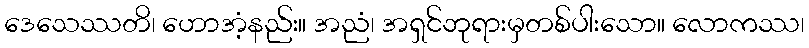
ဒေသေဿတိ၊ ဟောအံ့နည်း။ အညံ၊ အရှင်ဘုရားမှတစ်ပါးသော။ လောကဿ၊